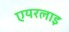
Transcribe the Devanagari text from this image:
एयरलाइ